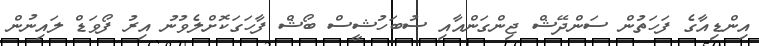
އިންޑިއާގެ ފަހަތުން ސަންދޭޝް ޖިންގަންއާއި ސުބަހުޝީސް ބޯޝް ފާހަގަކޮށްލެވުނު އިރު ފޯވަޑް ލައިނުން